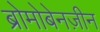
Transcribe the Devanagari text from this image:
ब्रोमोबेनज़ीन